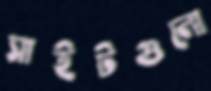
সাইটগুলো